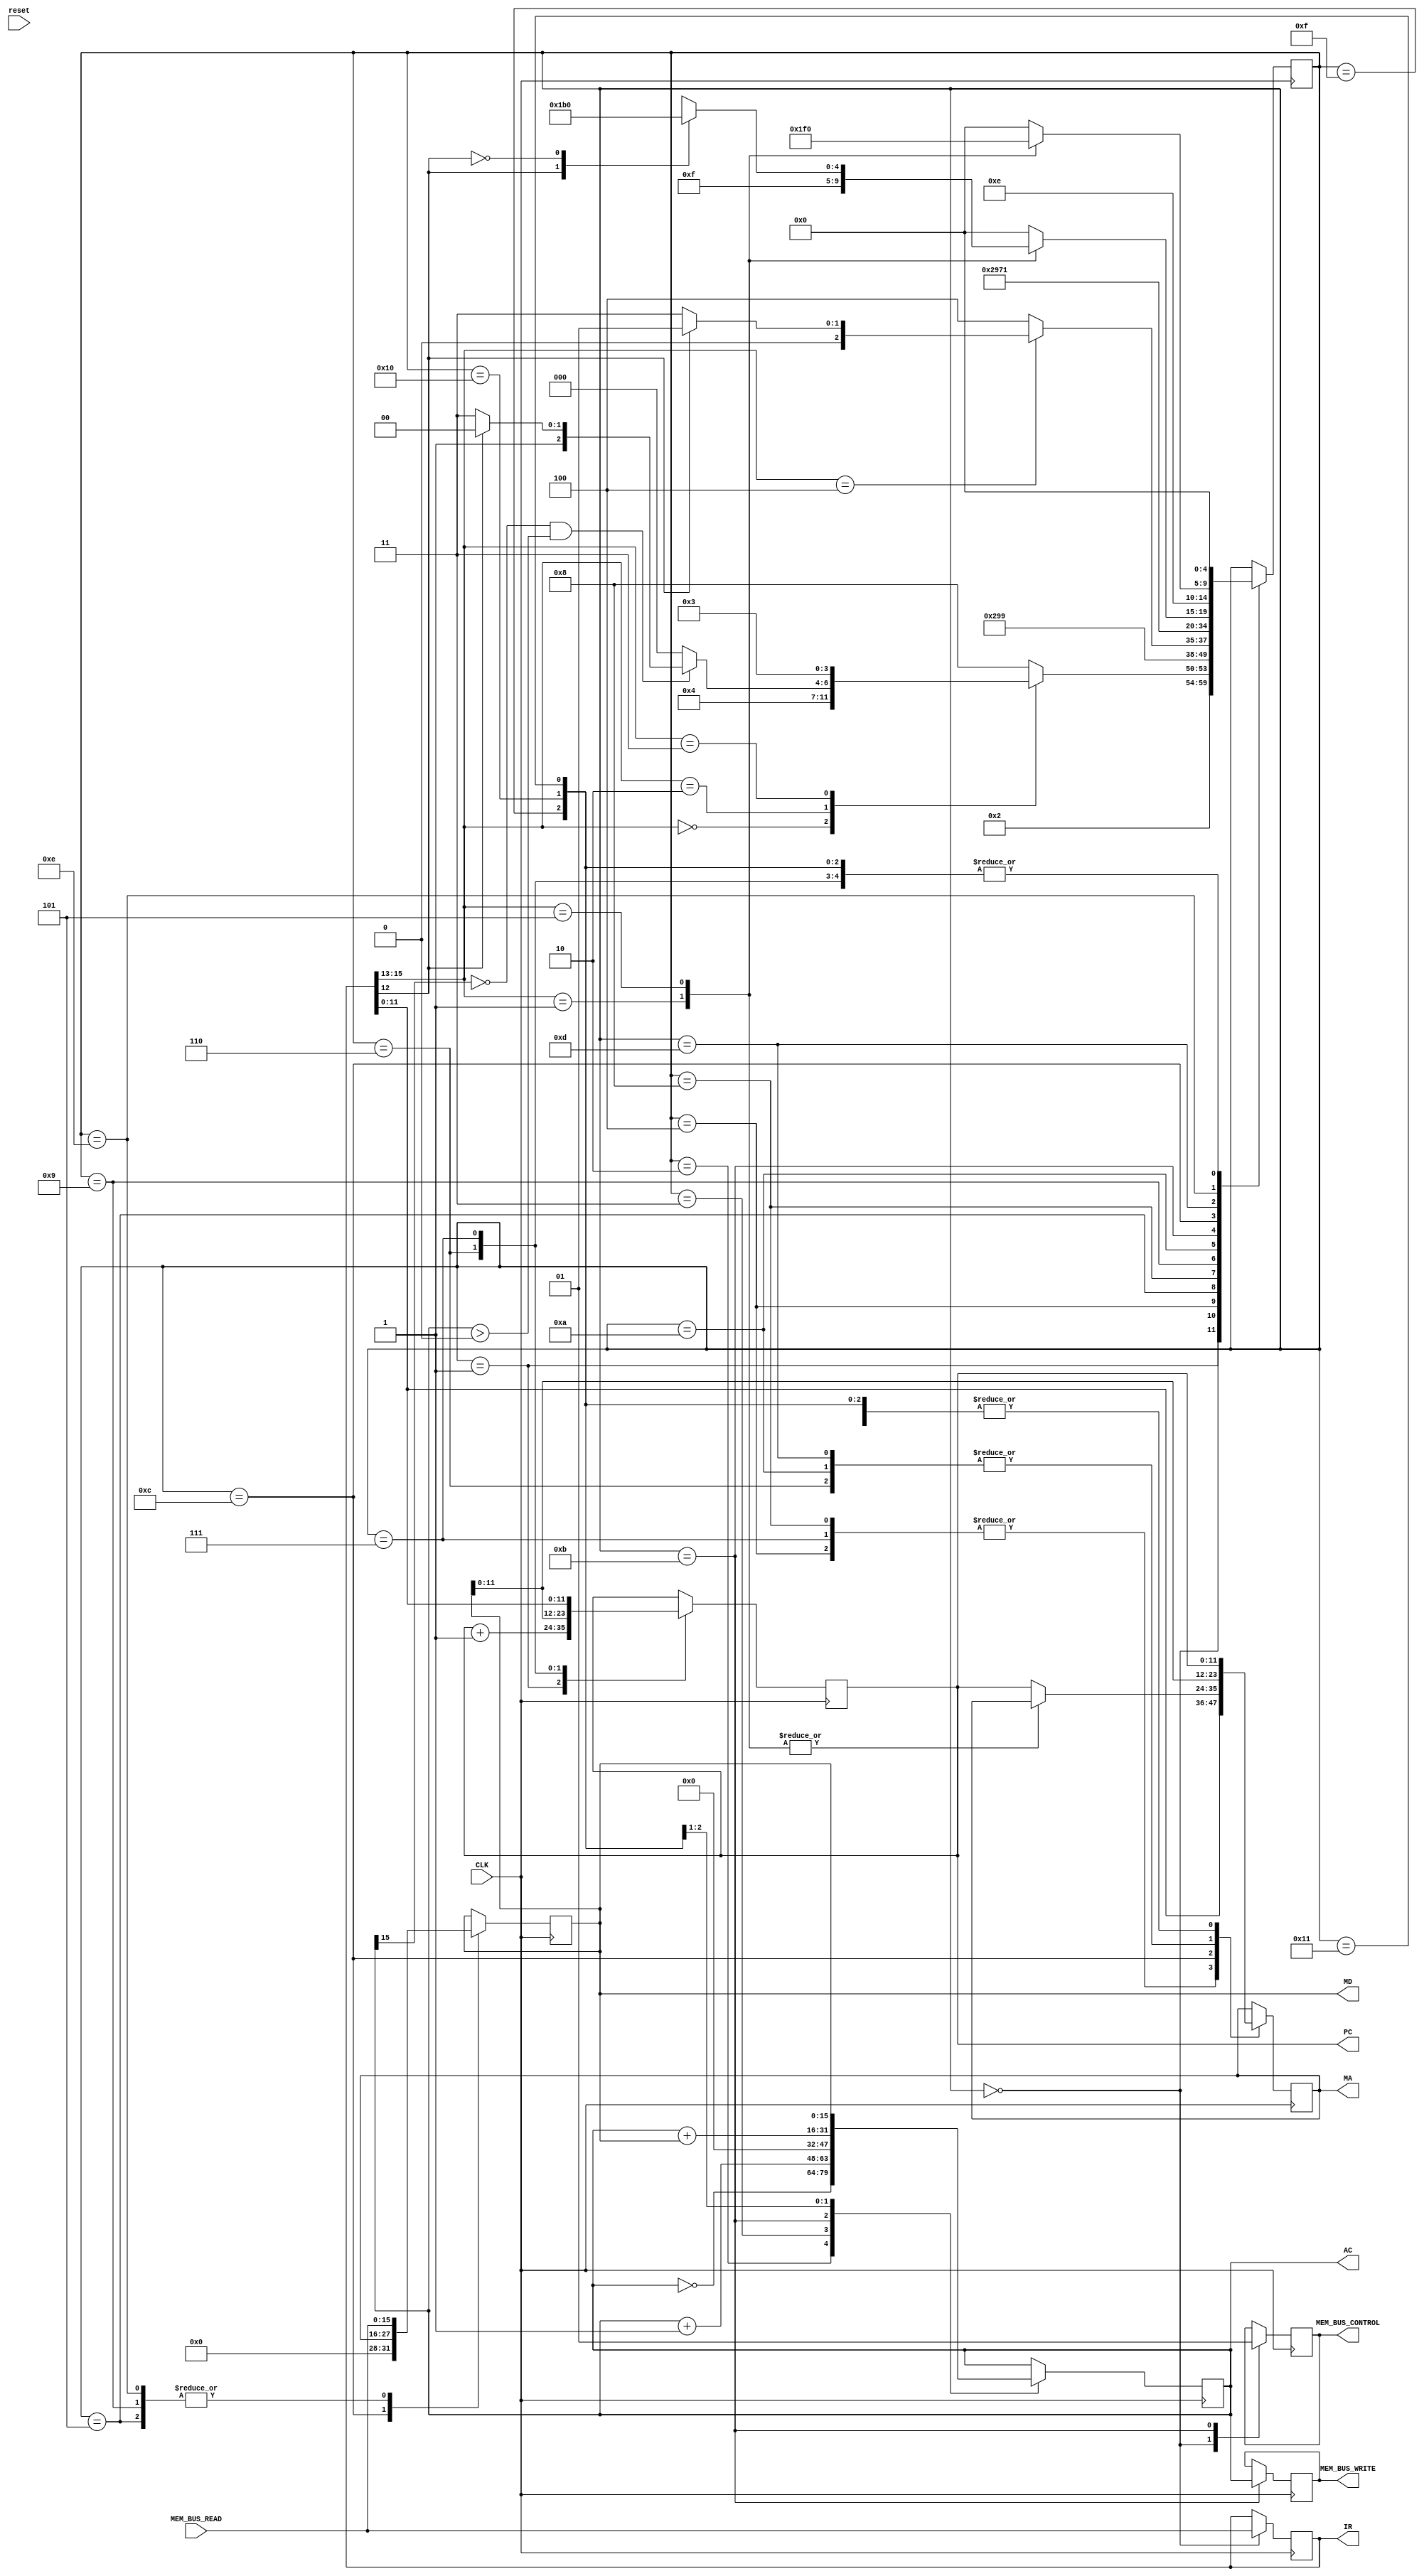
module Processor(CLK, reset, IR, MD, AC, PC, MA, MEM_BUS_READ, MEM_BUS_WRITE, MEM_BUS_CONTROL);
input CLK, reset;
//CPU registers
output reg [15:0]MD, AC;
output reg [15:0]IR;
output reg [11:0]PC;
output reg [11:0]MA;
//End Registers begin wires
input wire [15:0]MEM_BUS_READ;
output reg [15:0]MEM_BUS_WRITE;
output reg MEM_BUS_CONTROL;
reg [4:0]PreviousState, NextState;

//Set up state machines (17 total)
parameter S00 = 5'b00000, S01 = 5'b00001, S02 = 5'b00010, S03 = 5'b00011, S04 = 5'b00100;
parameter S05 = 5'b00101, S06 = 5'b00110, S07 = 5'b00111, S08 = 5'b01000, S09 = 5'b01001;
parameter S10 = 5'b01010, S11 = 5'b01011, S12 = 5'b01100, S13 = 5'b01101, S14 = 5'b01110;
parameter S15 = 5'b01111, S16 = 5'b10000, S17 = 5'b10001;

/*
This Processor uses the Von Newman Architecture, therefore this design consists of
A - an ALU
B - a Control Unit
C - a Bus to interface with the Memory
D - Registers required to perform tasks
*/

//############################
// Initial Conditions for the CPU
//############################
initial begin
//Zero initial registers
MA = 12'b000000000000;
AC = 16'b0000000000000000;
MD = 16'b0000000000000000;
IR = 16'b0000000000000000;
PC = 12'b000000000000;

//Set initial state to S00
PreviousState = S00;
NextState = S00;

//Set initial Memory write and control to 0.
MEM_BUS_WRITE = 16'b0000000000000000;
MEM_BUS_CONTROL = 1'b0;
end
//############################
// Each clock cycle, execute commands.
//############################
always @ (posedge CLK) begin

case(NextState)
//Step 1: Fetch an instruction from memory.
    S00: begin
    //Turn off memory control
    MEM_BUS_CONTROL = 1'b0;
    //Access memory at the Program Counter index to ensure the correct instruction is retrieved
    MA <= PC;
    //Load the instruction into the Instruction Register
    IR <= MEM_BUS_READ;
    PreviousState = S00;
    NextState = S01;
    end
    
//Step 2: Decode
    S01: begin
    PC <= PC + 12'b000000000001; //increment the Program Counter
        case(IR[15:13])
        3'b000: begin //NOT?
        PreviousState = S01;
        NextState = S02;
        end
        3'b010: begin //JPA?
        PreviousState = S01;
        NextState = S00;
            if(AC[15] == 1'b0 && AC > 16'b0000000000000000)begin //Check Greater Than 0
                if(IR[12] == 1)begin
                  PreviousState = S01;
                  NextState = S04;
                end
                if(IR[12] == 0) begin
                  PreviousState = S01;
                  NextState = S07;
                end
            end
        end
        3'b011: begin //INCA?
        PreviousState = S01;
        NextState = S03;
        end
        default: begin //For other instructions:
        PreviousState = S01;
        NextState = S08;
        end
        endcase
    end
    
//Step 3: Execute
    S02:begin
    AC <= ~AC;
    PreviousState = S02;
    NextState = S00;
    MA <= PC;
    end
    S03: begin
    AC <= (AC + 16'b0000000000000001);
    PreviousState = S03;
    NextState = S00;
    MA <= PC;
    end
    S04: begin
    MA <= IR;
    PreviousState = S04;
    NextState = S05;
    end
    S05: begin
    MD <= MEM_BUS_READ;
    PreviousState = S05;
    NextState = S06;
    end
    S06: begin
    PC <= MD;
    PreviousState = S06;
    NextState = S00;
    MA <= MD;
    end
    S07: begin
    PC <= IR;
    PreviousState = S07;
    NextState = S00;
    MA <= IR;
    end
    S08:begin
    MA <= IR[11:0];
        case(IR[15:13])
        3'b100: begin //STA
            if(IR[12] == 1)begin //Check Access Mode
            PreviousState<= S08;
            NextState <= S09;
            end
            if(IR[12] == 0)begin //Check Access Mode
            PreviousState<= S08;
            NextState <= S11;
            end
        end
        default: begin
            PreviousState<= S08;
            NextState <= S12;
        end
        endcase
    end
    S09:begin
    MD <= MEM_BUS_READ;
    PreviousState<= S09;
    NextState <= S10;
    end
    S10:begin
    MA <= MD;
    PreviousState<= S10;
    NextState <= S11;
    end
    S11:begin
    MEM_BUS_WRITE <= AC;
    MEM_BUS_CONTROL <= 1'b1;
    AC <= 16'b0000000000000000;
    PreviousState<= S11;
    NextState <= S17;
    end
    S12:begin
    MD <= MA;
    case(IR[12])
    1'b1: begin
        PreviousState <= S12;
        NextState <= S13;
    end
    1'b0: begin
    end
    endcase
        case(IR[15:13])
        3'b001:begin //ADC
        PreviousState <= S12;
        NextState <= S15;
        end
        3'b101:begin //LDA
            case(IR[12])
            1'b1:begin
            PreviousState <= S12;
            NextState <= S13;
            end
            1'b0:begin
            PreviousState <= S12;
            NextState <= S16;
            end
            endcase
        end
        default: begin //Bad Instruction, go back to S00
        PreviousState <= S12;
        NextState <= S00;
        MA <= PC;
        end
        endcase
    end
    S13:begin
    MA <= MD;
    PreviousState <= S13;
    NextState <= S14;
    end
    S14:begin
    MD <= MEM_BUS_READ;
        case(IR[15:13])
        3'b001:begin //ADC
        PreviousState <= S14;
        NextState <= S15;
        end
        3'b101:begin //LDA
        PreviousState <= S14;
        NextState <= S16;
        end
        default: begin //Bad Instruction, go back to S00
        PreviousState <= S14;
        NextState <= S00;
        end
        endcase
    end
    S15:begin
    AC <= AC + MD;
    PreviousState <= S15;
    NextState <= S00;
    MA <= PC;
    end
    S16:begin
    AC <= MD;
    PreviousState <= S16;
    NextState <= S00;
    MA <= PC;
    end
    S17:begin
    PreviousState<= S17;
    NextState <= S00;
    MA <= PC;
    end
    default: ; //do nothing, something went very wrong.
endcase

end
endmodule